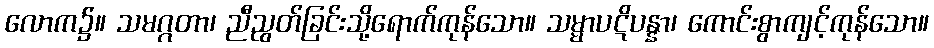
လောက၌။ သမဂ္ဂတာ၊ ညီညွတ်ခြင်းသို့ရောက်ကုန်သော။ သမ္မာပဋိပန္နာ၊ ကောင်းစွာကျင့်ကုန်သော။